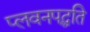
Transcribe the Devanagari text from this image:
प्लवनपद्धति